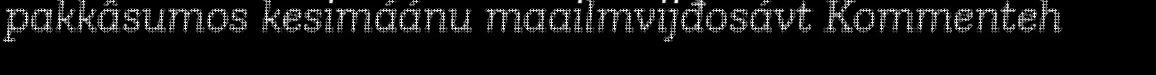
pakkâsumos kesimáánu maailmvijđosávt Kommenteh